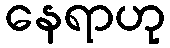
နေရာဟု